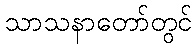
သာသနာတော်တွင်